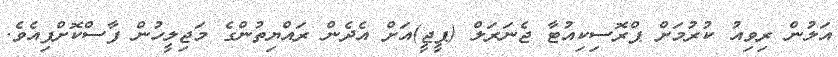
އަލުން ރިވިއު ކުރުމަށް ޕްރޮސިކިއުޓާ ޖެނަރަލް (ޕީޖީ)އަށް އެދެން ރައްޔިތުންގެ މަޖިލީހުން ފާސްކޮށްފިއެވެ.